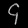
Digit: ၄